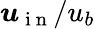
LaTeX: \boldsymbol{u}_{\mathrm{~i~n~}}/u_{b}